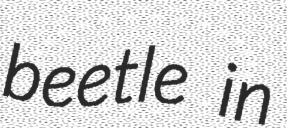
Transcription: beetle in